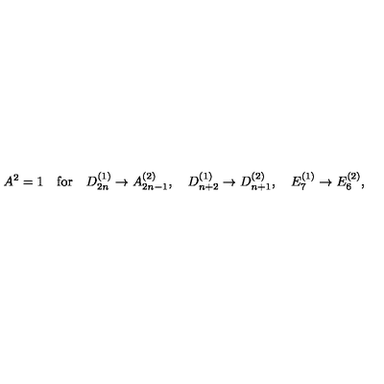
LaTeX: A ^ { 2 } = 1 \quad \mathrm { f o r } \quad D _ { 2 n } ^ { ( 1 ) } \to A _ { 2 n - 1 } ^ { ( 2 ) } , \quad D _ { n + 2 } ^ { ( 1 ) } \to D _ { n + 1 } ^ { ( 2 ) } , \quad E _ { 7 } ^ { ( 1 ) } \to E _ { 6 } ^ { ( 2 ) } ,